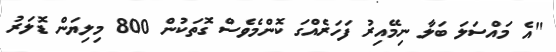
"އެ މައްސަލަ ބަލާ ނިމޭއިރު ފަހަރެއްގަ ކޮންމެވެސް ގޮތަކުން 800 މިލިޔަން ޑޮލަރު